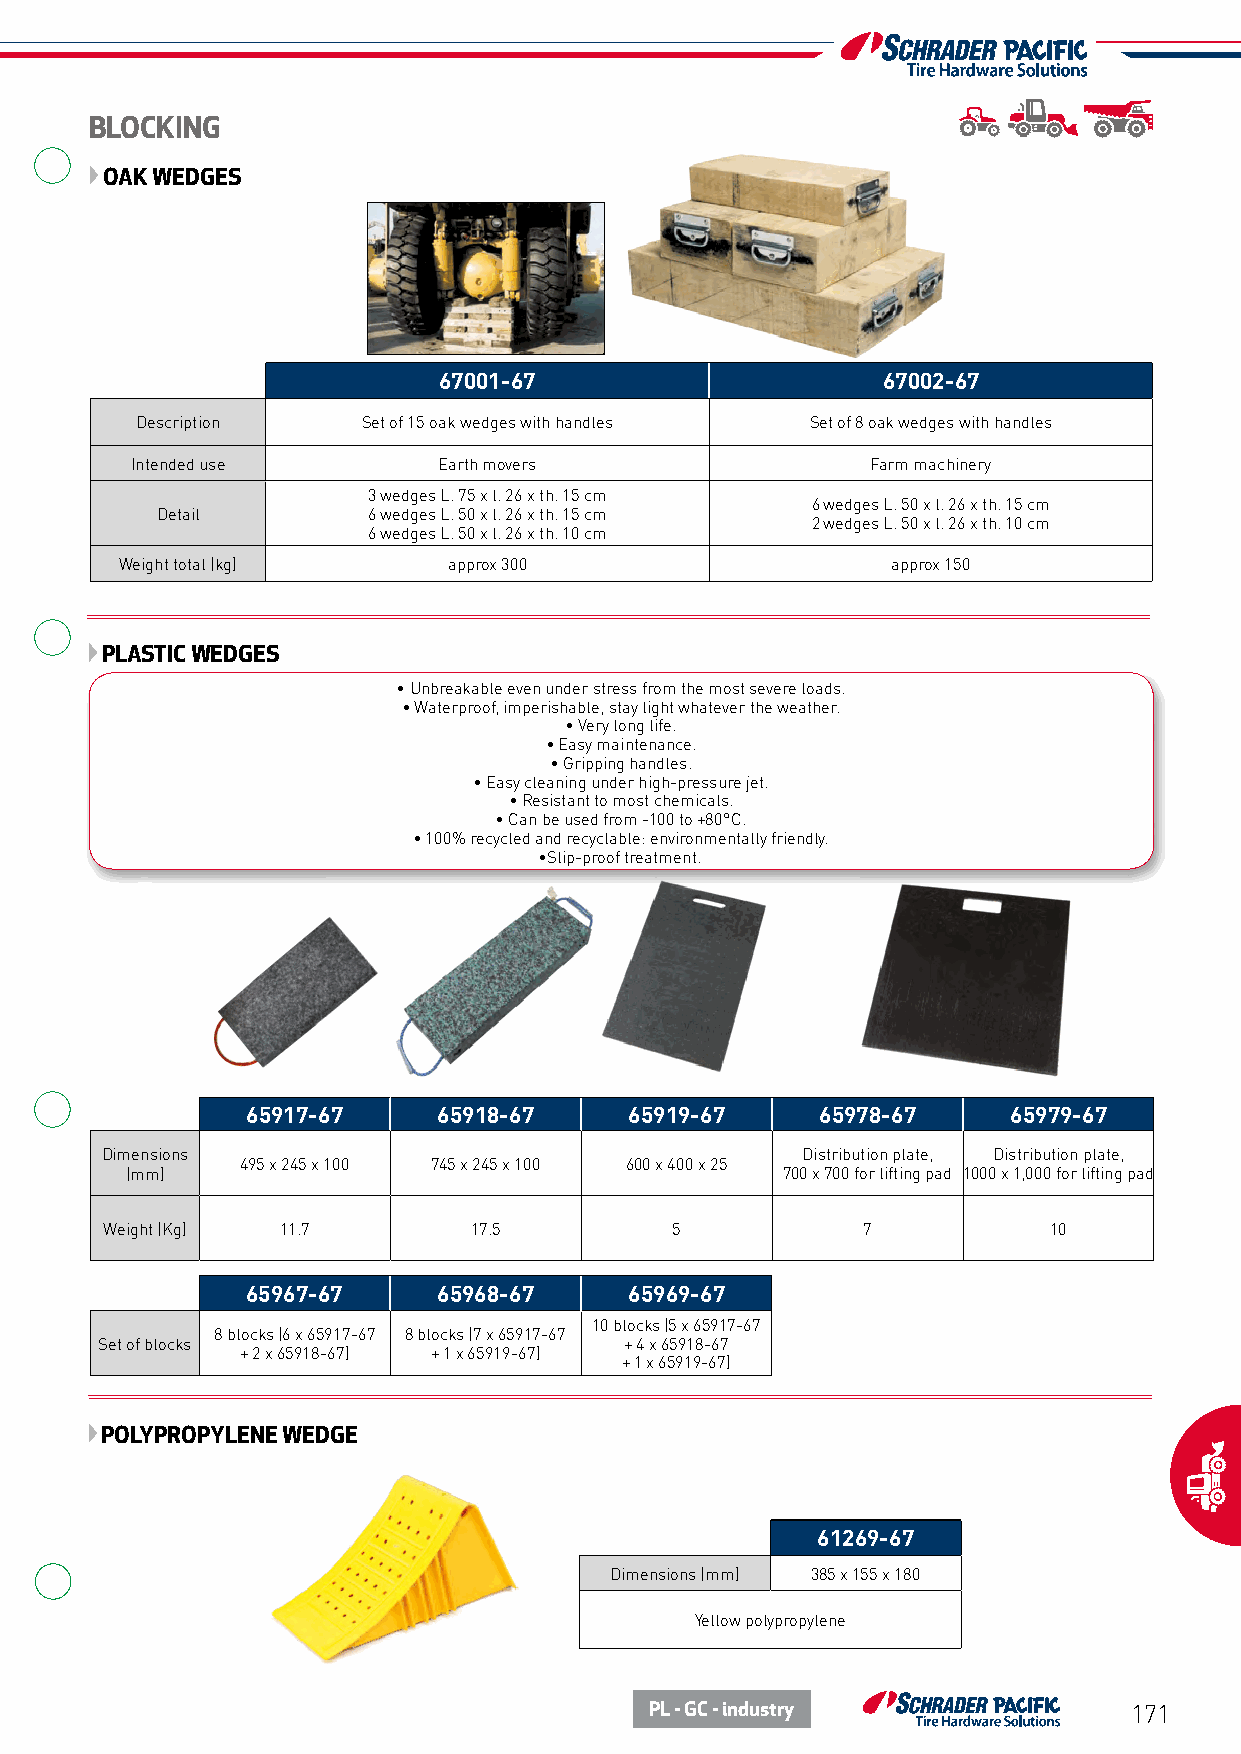
BLOCKING
 OAK WEDGES
 67001-67                     67002-67
 Description    Set of 15 oak wedges with handles Set of 8 oak wedges with handles
 Intended use        Earth movers                 Farm machinery
 3 wedges L. 75 x l. 26 x th. 15 cm
 6 wedges L. 50 x l. 26 x th. 15 cm
 Detail        6 wedges L. 50 x l. 26 x th. 15 cm
 2 wedges L. 50 x l. 26 x th. 10 cm
 6 wedges L. 50 x l. 26 x th. 10 cm
 Weight total (kg)     approx 300                   approx 150
 PLASTIC WEDGES
 • Unbreakable even under stress from the most severe loads.
 • Waterproof, imperishable, stay light whatever the weather.
 • Very long life.
 • Easy maintenance.
 • Gripping handles.
 • Easy cleaning under high-pressure jet.
 • Resistant to most chemicals.
 • Can be used from -100 to +80°C.
 • 100% recycled and recyclable: environmentally friendly.
 •Slip-proof treatment.
 65917-67     65918-67     65919-67    65978-67     65979-67
 Dimensions                                    Distribution plate, Distribution plate,
 495 x 245 x 100 745 x 245 x 100 600 x 400 x 25
 (mm)                                        700 x 700 for lifting pad 1000 x 1,000 for lifting pad
 Weight (Kg) 11.7        17.5         5            7           10
 65967-67     65968-67     65969-67
 10 blocks (5 x 65917-67
 8 blocks (6 x 65917-67 8 blocks (7 x 65917-67
 Set of blocks                      + 4 x 65918-67
 + 2 x 65918-67) + 1 x 65919-67)
 + 1 x 65919-67)
 POLYPROPYLENE WEDGE
 61269-67
 Dimensions (mm) 385 x 155 x 180
 Yellow polypropylene
 PL - GC - industry              171